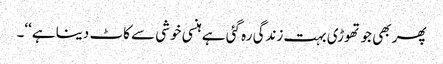
پھر بھی جو تھوڑی بہت زندگی رہ گئی ہے ہنسی خوشی سے کاٹ دینا ہے‘‘۔